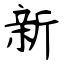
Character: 新